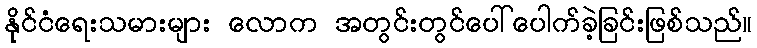
နိုင်ငံရေးသမားများ လောက အတွင်းတွင်ပေါ်ပေါက်ခဲ့ခြင်းဖြစ်သည်။